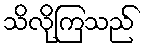
သိလိုကြသည်